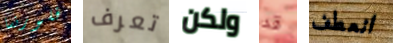
فلورنسا تعرف ولكن قد انعطف